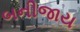
બનીજાય